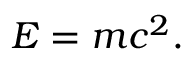
E = m c ^ { 2 } .